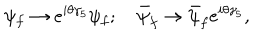
LaTeX: \psi _ { f } \rightarrow e ^ { i \theta \gamma _ { 5 } } \psi _ { f } ; \bar { \psi } _ { f } \rightarrow \bar { \psi } _ { f } e ^ { i \theta \gamma _ { 5 } } ,